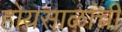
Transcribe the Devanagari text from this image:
होयसाळांची